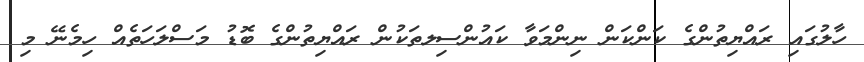
ހާލުގައި ރައްޔިތުންގެ ކަންކަން ނިންމަވާ ކައުންސިލތަކުން ރައްޔިތުންގެ ބޮޑު މަސްލަހަތެއް ހިމެނޭ މި